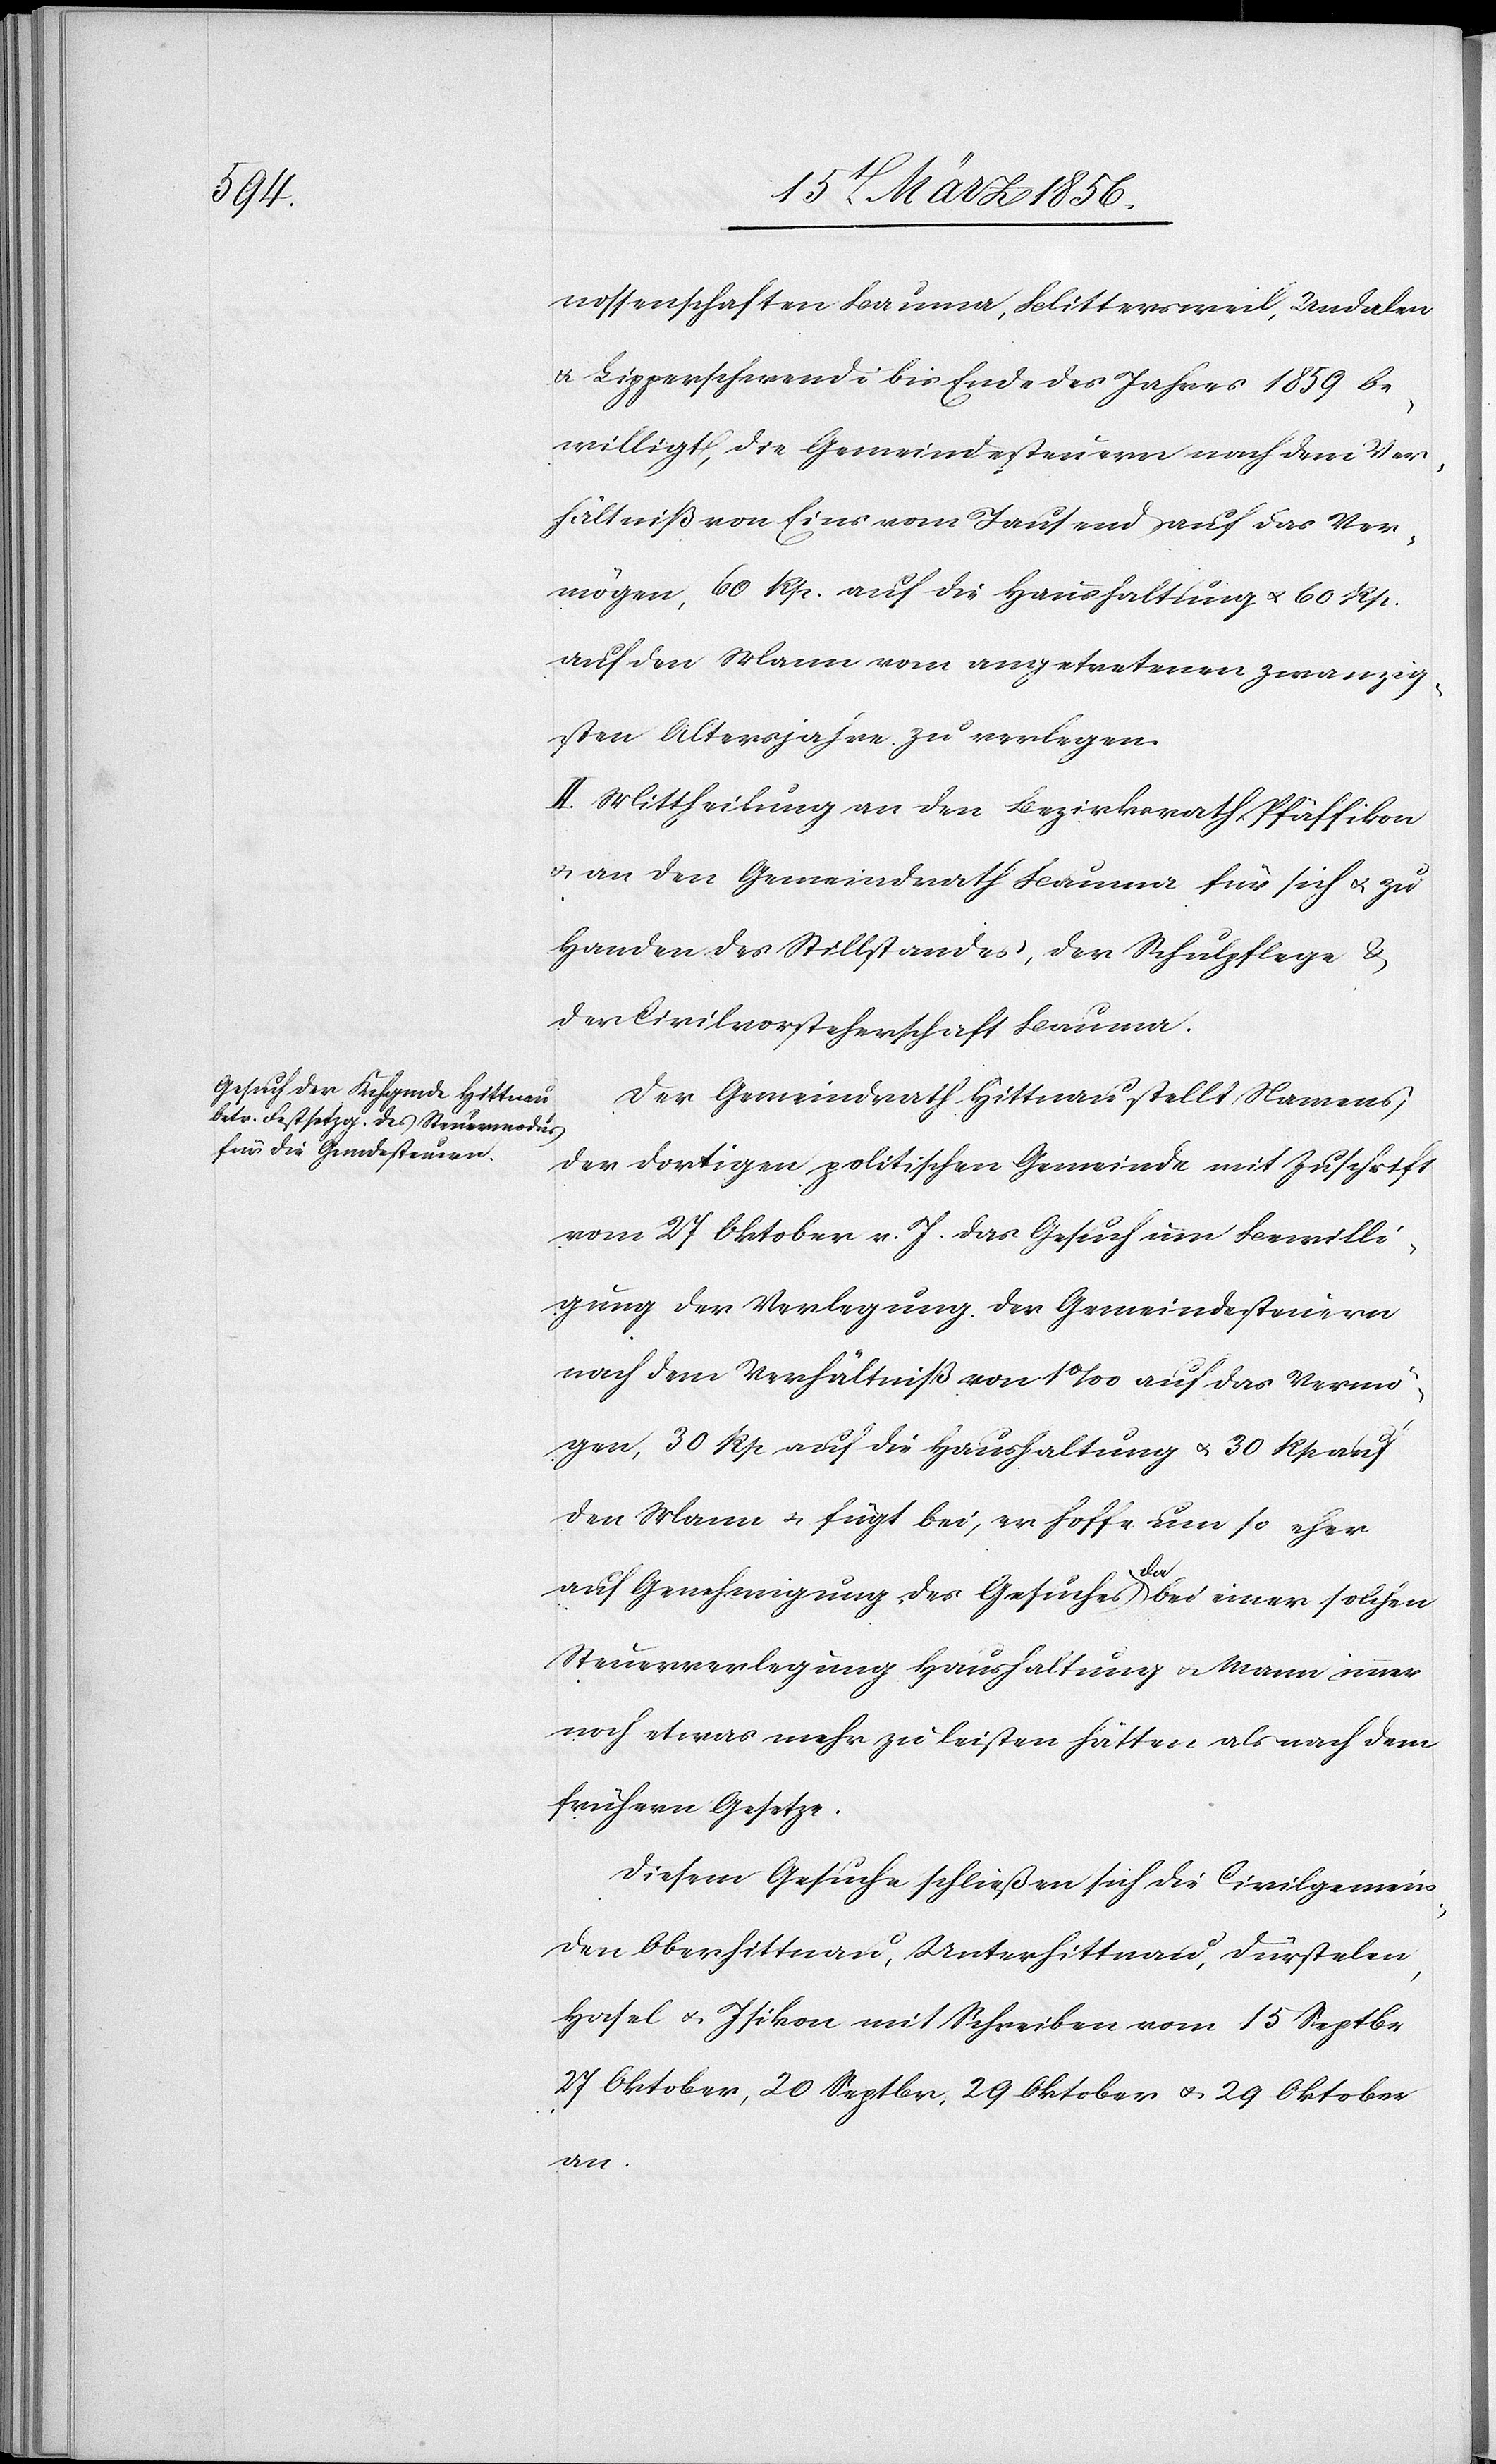
nossenschaften Bauma, Blittersweil, Undalen
& Lipperschwendi bis Ende des Jahres 1859 be¬
willigt, die Gemeindesteuern nach dem Ver¬
hältniß von Eins vom Tausend auf das Ver¬
mögen, 60 Rp. auf die Haushaltung u. 60 Rp.
auf den Mann vom angetretenen zwanzig¬
sten Altersjahre zu verlegen.
II. Mittheilung an den Bezirksrath Pfäffikon
u. an den Gemeindrath Bauma für sich u. zu
Handen des Stillstandes, der Schulpflege &
der Civilvorsteherschaft Bauma.
Der Gemeindrath Hittnau stellt Namens
der dortigen politischen Gemeinde mit Zuschrift
vom 27 Oktober v. J. das Gesuch um Bewilli¬
gung der Verlegung der Gemeindesteuern
nach dem Verhältniß von 1‰ auf das Vermö¬
gen, 30 Rp auf die Haushaltung u. 30 Rp auf
den Mann & fügt bei, er hoffe um so eher
auf Genehmigung des Gesuches a-da-a bei einer solchen
Steuerverlegung Haushaltung u. Mann immer
noch etwas mehr zu leisten hätten als nach dem
frühern Gesetze.
Diesem Gesuche schließen sich die Civilgemein¬
den Oberhittnau, Unterhittnau, Dürstelen,
Hasel u. Isikon mit Schreiben vom 15 Septbr[,]
27 Oktober, 20 Septbr, 29 Oktober u. 29 Oktober
an.